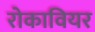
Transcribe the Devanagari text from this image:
रोकावियर